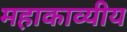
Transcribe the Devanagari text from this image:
महाकाव्यीय